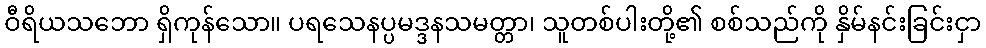
ဝီရိယသဘော ရှိကုန်သော။ ပရသေနပ္ပမဒ္ဒနသမတ္တာ၊ သူတစ်ပါးတို့၏ စစ်သည်ကို နှိမ်နင်းခြင်းငှာ